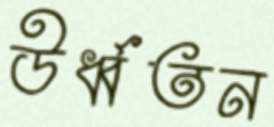
ঊর্ধ্বতন